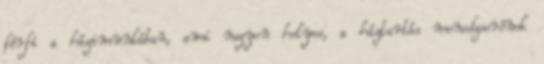
férfi a házimunkában, ami nagyon helyes, a háztartás menedzserének